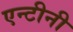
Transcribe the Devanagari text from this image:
एन्टीनी